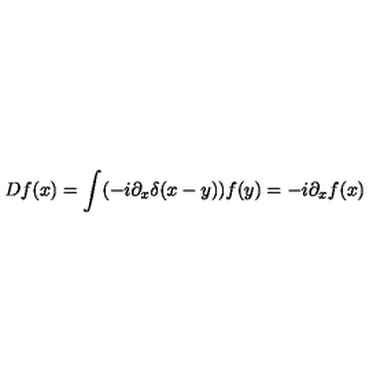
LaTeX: D f ( x ) = \int ( - i \partial _ { x } \delta ( x - y ) ) f ( y ) = - i \partial _ { x } f ( x )